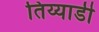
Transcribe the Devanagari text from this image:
तिय्याडी